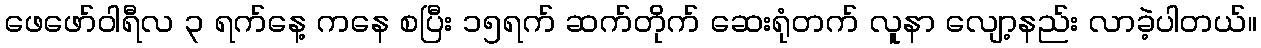
ဖေဖော်ဝါရီလ ၃ ရက်နေ့ ကနေ စပြီး ၁၅ရက် ဆက်တိုက် ဆေးရုံတက် လူနာ လျော့နည်း လာခဲ့ပါတယ်။